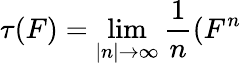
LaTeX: \tau(F)=\operatorname*{lim}_{\left|n\right|\rightarrow\infty}\frac{1}{n}(F^{n}